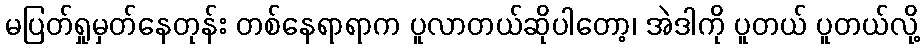
မပြတ်ရှုမှတ်နေတုန်း တစ်နေရာရာက ပူလာတယ်ဆိုပါတော့၊ အဲဒါကို ပူတယ် ပူတယ်လို့